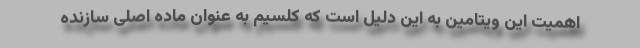
اهمیت این ویتامین به این دلیل است که کلسیم به عنوان ماده اصلی سازنده